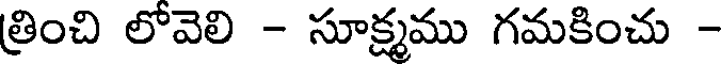
త్రించి లోవెలి - సూక్ష్మము గమకించు -